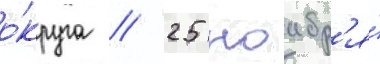
о́круга // 25 ноабр'я́